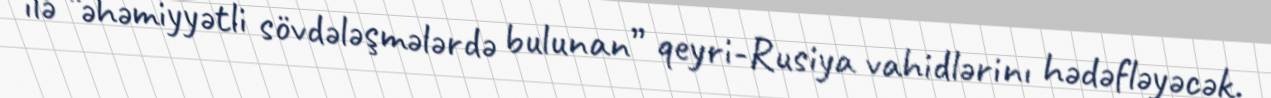
ilə “əhəmiyyətli sövdələşmələrdə bulunan” qeyri-Rusiya vahidlərinı hədəfləyəcək.